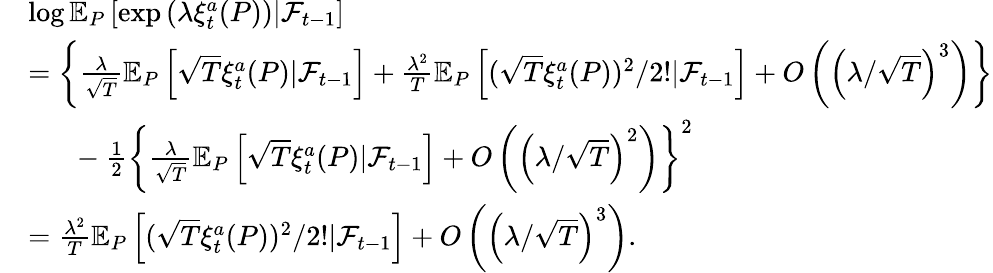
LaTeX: \begin{array}{rl}&{\log\mathbb{E}_{P}\left[\exp\left(\lambda\xi_{t}^{a}(P)\right)|\mathcal{F}_{t-1}\right]}\\ &{=\left\{ \frac{\lambda}{\sqrt{T}}\mathbb{E}_{P}\left[\sqrt{T}\xi_{t}^{a}(P)|\mathcal{F}_{t-1}\right]+\frac{\lambda^{2}}{T}\mathbb{E}_{P}\left[(\sqrt{T}\xi_{t}^{a}(P))^{2}/2!|\mathcal{F}_{t-1}\right]+O\left(\left(\lambda/\sqrt{T}\right)^{3}\right)\right\} }\\ &{\ \ \ \ \ \ -\frac{1}{2}\left\{ \frac{\lambda}{\sqrt{T}}\mathbb{E}_{P}\left[\sqrt{T}\xi_{t}^{a}(P)|\mathcal{F}_{t-1}\right]+O\left(\left(\lambda/\sqrt{T}\right)^{2}\right)\right\} ^{2}}\\ &{=\frac{\lambda^{2}}{T}\mathbb{E}_{P}\left[(\sqrt{T}\xi_{t}^{a}(P))^{2}/2!|\mathcal{F}_{t-1}\right]+O\left(\left(\lambda/\sqrt{T}\right)^{3}\right).}\end{array}